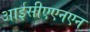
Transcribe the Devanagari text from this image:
आईसीएएनएन